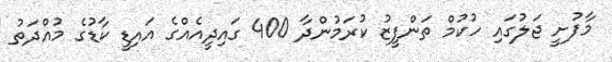
މާފުށީ ޖަލުގައި ހުކުމް ތަންފީޒު ކުރަމުންދާ 400 ގައިދީއެއްގެ އައިޑީ ކާޑުގެ މުއްދަތު